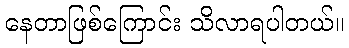
နေတာဖြစ်ကြောင်း သိလာရပါတယ်။